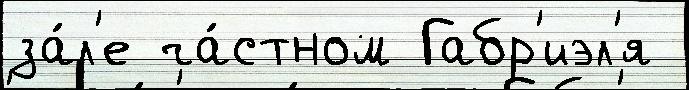
за́л'е ча́стном Габр'иэл'я